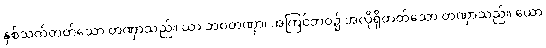
နှစ်သက်တတ်သော တဏှာသည်။ ယာ ဘဝတဏှာ၊ အကြင်ဘဝ၌ အလိုရှိတတ်သော တဏှာသည်။ ယော